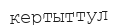
кертыттул